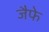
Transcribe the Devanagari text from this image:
जैफे